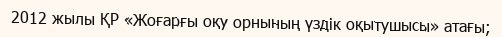
2012 жылы ҚР «Жоғарғы оқу орнының үздік оқытушысы» атағы;